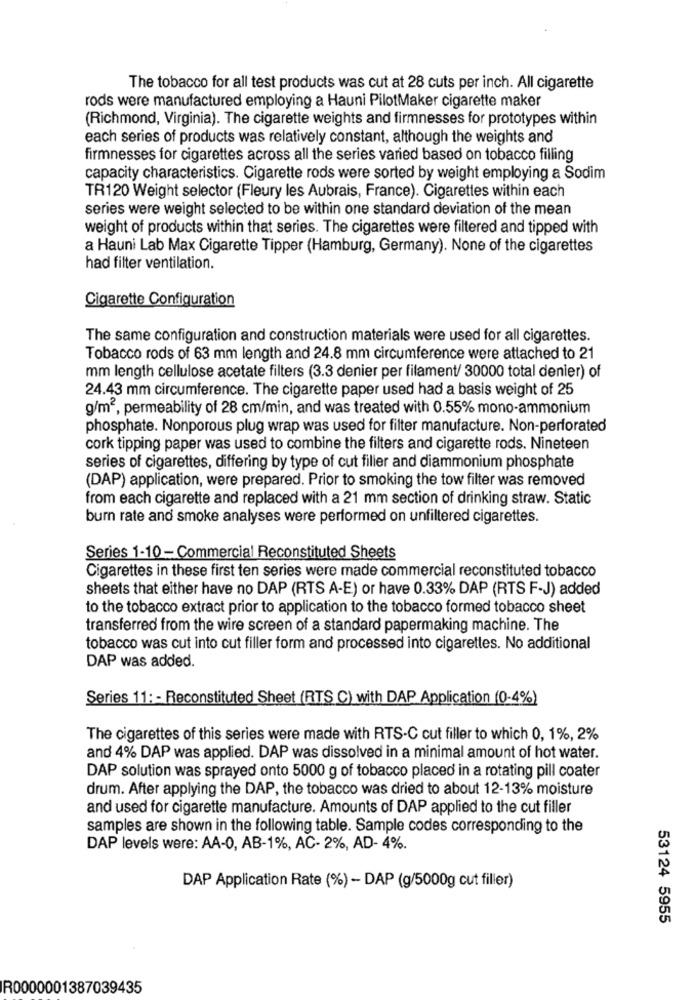
The tobacco for all test products was cut at 28 cuts per inch. All cigarette
rods were manufactured employing a Hauni PilotMaker cigarette maker
(Richmond, Virginia). The cigarette weights and firmnesses for prototypes within
each series of products was relatively constant, although the weights and
firmnesses for cigarettes across all the series varied based on tobacco filling
capacity characteristics. Cigarette rods were sorted by weight employing a Sodim
TR120 Weight selector (Fleury les Aubrais, France). Cigarettes within each
series were weight selected to be within one standard deviation of the mean
weight of products within that series. The cigarettes were filtered and tipped with
a Hauni Lab Max Cigarette Tipper (Hamburg, Germany). None of the cigarettes
had filter ventilation.
Cigarette Configuration
The same configuration and construction materials were used for all cigarettes.
Tobacco rods of 63 mm length and 24.8 mm circumference were attached to 21
mm length cellulose acetate filters (3.3 denier per filament/ 30000 total denier) of
24.43 mm circumference. The cigarette paper used had a basis weight of 25
g/m2, permeability of 28 cm/min, and was treated with 0.55% mono-ammonium
phosphate. Nonporous plug wrap was used for filter manufacture. Non-perforated
cork tipping paper was used to combine the filters and cigarette rods. Nineteen
series of cigarettes, differing by type of cut filler and diammonium phosphate
(DAP) application, were prepared. Prior to smoking the tow filter was removed
from each cigarette and replaced with a 21 mm section of drinking straw. Static
burn rate and smoke analyses were performed on unfiltered cigarettes.
Series 1-10 - Commercial Reconstituted Sheets
Cigarettes in these first ten series were made commercial reconstituted tobacco
sheets that either have no DAP (RTS A-E) or have 0.33% DAP (RTS F-J) added
to the tobacco extract prior to application to the tobacco formed tobacco sheet
transferred from the wire screen of a standard papermaking machine. The
tobacco was cut into cut filler form and processed into cigarettes. No additional
DAP was added.
Series 11: - Reconstituted Sheet (RTS C) with DAP Application (0-4%)
The cigarettes of this series were made with RTS-C cut filler to which 0, 1%, 2%
and 4% DAP was applied. DAP was dissolved in a minimal amount of hot water.
DAP solution was sprayed onto 5000 g of tobacco placed in a rotating pill coater
drum. After applying the DAP, the tobacco was dried to about 12-13% moisture
and used for cigarette manufacture. Amounts of DAP applied to the cut filler
samples are shown in the following table. Sample codes corresponding to the
DAP levels were: AA-0, AB-1%, AC- 2%, AD- 4%.
DAP Application Rate (%) - DAP (g/5000g cut filler)
53124 5955
R0000001387039435